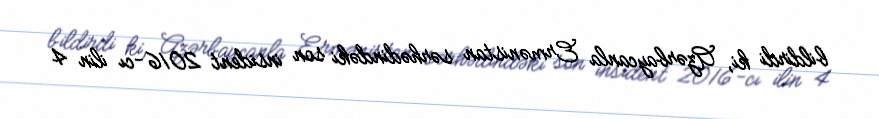
bildirdi ki, Azərbaycanla Ermənistan sərhədindəki son insident 2016-cı ilin 4